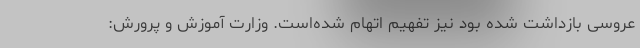
عروسی بازداشت شده بود نیز تفهیم اتهام شده‌است. وزارت آموزش و پرورش: